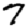
Digit: 7